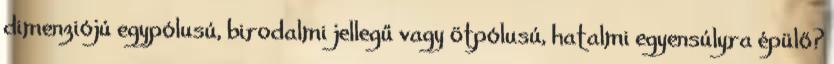
dimenziójú egypólusú, birodalmi jellegű vagy ötpólusú, hatalmi egyensúlyra épülő?